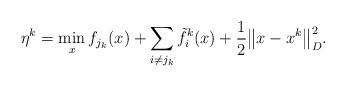
LaTeX: \begin{align*}\eta^k=\min_x f_{j_k}(x) + \sum_{i\neq j_k}\tilde{f}^{k}_i(x) + \frac{1}{2}\big\|x-x^k\big\|^2_D.\end{align*}